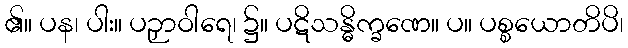
၏။ ပန၊ ပါး။ ပဉှာဝါရေ၊ ၌။ ပဋိသန္ဓိက္ခဏေ။ ပ။ ပစ္စယောတိပိ၊